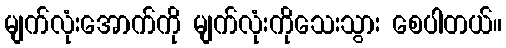
မျက်လုံးအောက်ကို မျက်လုံးကိုသေးသွား စေပါတယ်။